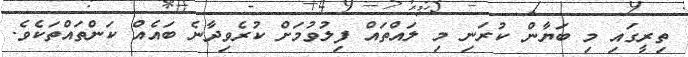
ތިރީގައި މި ބަޔާން ކުރަނި މި ލައްތައް ފިލުވުމަށް ކުރެވިދާނެ ބައެއް ކަންތައްތަކެވެ.